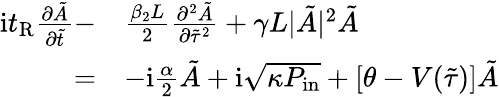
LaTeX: \begin{array}{rl}{\mathrm{i}t_{\mathrm{R}}\frac{\partial\tilde{A}}{\partial\tilde{t}}-}&{\frac{\beta_{2}L}{2}\frac{\partial^{2}\tilde{A}}{\partial\tilde{\tau}^{2}}+\gamma L|\tilde{A}|^{2}\tilde{A}}\\ {=}&{-\mathrm{i}\frac{\alpha}{2}\tilde{A}+\mathrm{i}\sqrt{\kappa P_{\mathrm{in}}}+[\theta-V(\tilde{\tau})]\tilde{A}}\end{array}